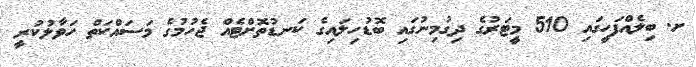
ށ. ބިލެއްފަހީގައި 510 މީޓަރުގެ ދިގުމިނުގައި ބޮޑުހިލައިގެ ކަނޑުތޮށްޓެއް ޖެހުމުގެ މަސައްކަތް ހަވާލުކުރީ